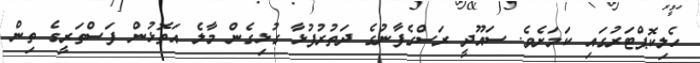
ހެލިކޮޕްޓަރުގައި ކަމަށެވެ. ސައޫދީ ރަސްގެފާނުގެ ދަތުރުފުޅާ ގުޅިގެން މާލެ އަތޮޅުން ފަސްތަރީގެ ތިން